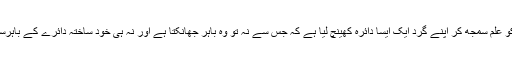
اس طرح کے افراد نے ذرائع علم کو علم سمجھ کر اپنے گرد ایک ایسا دائرہ کھینچ لیا ہے کہ جس سے نہ تو وہ باہر جھانکتا ہے اور نہ ہی خود ساختہ دائرے کے باہرسے کچھ حاصل کرنے کو تیار ہے۔